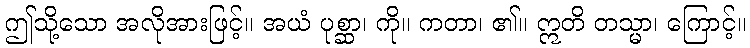
ဤသို့သော အလိုအားဖြင့်။ အယံ ပုစ္ဆာ၊ ကို။ ကတာ၊ ၏။ ဣတိ တသ္မာ၊ ကြောင့်။